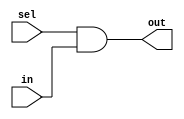
module oh_mux #( parameter DW  = 1, // width of data inputs
		 parameter N   = 1  // number of inputs
		 )
   (
    input [N-1:0]    sel, // select vector
    input [N*DW-1:0] in, // concatenated input {..,in1[DW-1:0],in0[DW-1:0]
    output [DW-1:0]  out  // output
    );
   
   //local variable
   reg [DW-1:0]     mux;
   
   integer 	    i;   
   always @*
     begin
	mux[DW-1:0] = 'b0;
	for(i=0;i<N;i=i+1)
	  mux[DW-1:0] = mux[DW-1:0] | {(DW){sel[i]}} & in[((i+1)*DW-1)-:DW];
     end

   assign out[DW-1:0] = mux;
   
endmodule